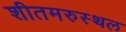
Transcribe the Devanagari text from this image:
शीतमरुस्थल